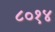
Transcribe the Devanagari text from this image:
८०१४